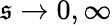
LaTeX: \mathfrak{s}\to0,\infty